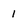
Character: 1